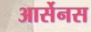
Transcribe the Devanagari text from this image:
आर्सेनस